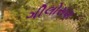
ગીલોસણ